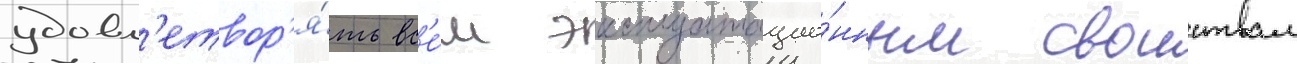
удовл'етвор'я́ть вс'е́м эксплуатацио́нным своиствам